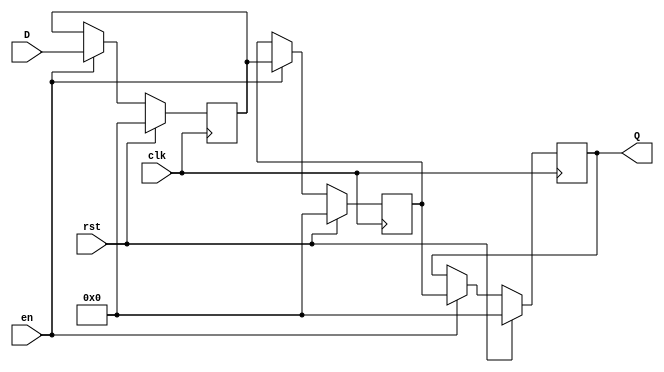
module PipelineBuffer #(
    parameter DATA_WIDTH = 8,  // Width of the data bus
    parameter DEPTH = 2         // Number of pipeline stages
)(
    input wire                  clk,    // Clock signal
    input wire                  rst,    // Synchronous reset signal
    input wire                  en,     // Enable signal
    input wire [DATA_WIDTH-1:0] D,     // Data input
    output reg [DATA_WIDTH-1:0] Q      // Data output
);

// Internal buffer to hold data for each stage
reg [DATA_WIDTH-1:0] buffer [0:DEPTH-1];

// Sequential logic for pipeline buffer
integer i;

always @(posedge clk) begin
    if (rst) begin
        // Synchronous reset: clear all stages
        for (i = 0; i < DEPTH; i = i + 1) begin
            buffer[i] <= 0;
        end
        Q <= 0; // Reset output
    end else if (en) begin
        // Shift data through pipeline stages
        buffer[0] <= D; // Load data into the first stage
        for (i = 1; i < DEPTH; i = i + 1) begin
            buffer[i] <= buffer[i-1]; // Shift data to the next stage
        end
        Q <= buffer[DEPTH-1]; // Output the last stage
    end
end

endmodule